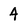
Character: 4